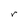
Character: r